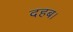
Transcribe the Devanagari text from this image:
दहब।